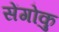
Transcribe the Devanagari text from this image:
सेंगोकु